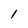
Character: l